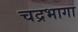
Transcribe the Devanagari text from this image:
चद्रभागा